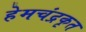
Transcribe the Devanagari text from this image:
हेमचंद्रकृत